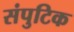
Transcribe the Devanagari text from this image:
संपुटिक